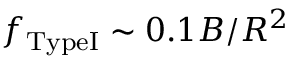
f _ { \mathrm { T y p e I } } \sim 0 . 1 B / R ^ { 2 }